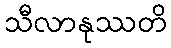
သီလာနုဿတိ